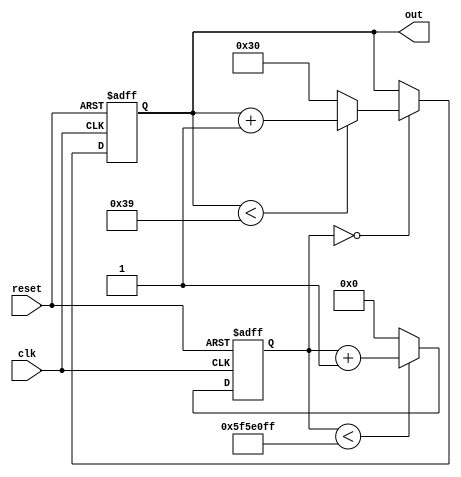
module counter(input clk, reset, output [6:0] out);
     //1 Hz frequency counter
    /////////////////////////////////////////////////////////////
    
    reg [26:0] counter;
    wire [26:0] counter_NS;
    reg [6:0] ascii;
    wire [6:0] ascii_NS;
    wire nextOp;
    
    //CS
    always @ (posedge clk, posedge reset)
          if(reset)
          begin
              counter<=0;
              ascii <= 7'h30;
          end
          else
          begin
              counter <= counter_NS;
              ascii <= ascii_NS;
          end
    //NS
    assign counter_NS = (counter < 99999999) ? counter + 1 : 0; //1Hz
    assign nextOp = (counter == 0);
    assign ascii_NS = nextOp ? ascii < 7'h39 ? ascii + 7'h1 : 7'h30 : ascii;
    assign out = ascii;
endmodule